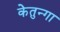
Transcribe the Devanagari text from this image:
केतुन्गा